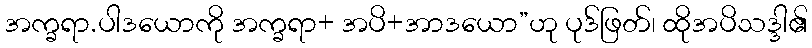
အက္ခရာ.ပါဒယောကို အက္ခရာ+ အပိ+အာဒယော”ဟု ပုဒ်ဖြတ်၊ ထိုအပိသဒ္ဒါ၏